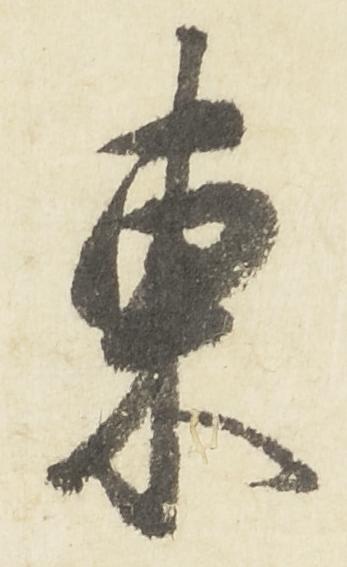
東